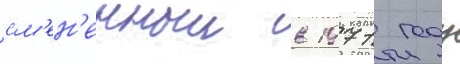
см'ен'енныи в 1971 году